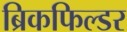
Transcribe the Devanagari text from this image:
ब्रिकफिल्डर